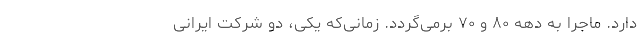
دارد. ماجرا به دهه ۸۰ و ۷۰ برمی‌گردد. زمانی‌که یکی، دو شرکت ایرانی